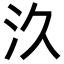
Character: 汣